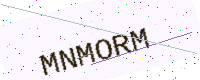
Text: MNMORM